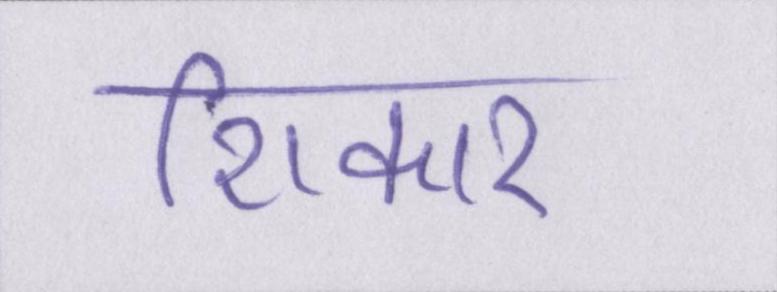
शिकार